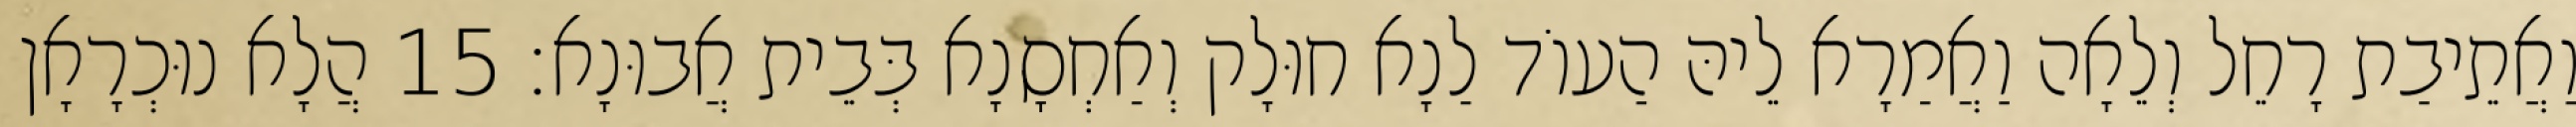
וַאֲתֵיבַת רָחֵל וְלֵאָה וַאֲמַרָא לֵיהּ הַעוֹד לַנָא חוּלָק וְאַחְסָנָא בְּבֵית אֲבוּנָא׃ 15 הֲלָא נוּכְרָאָן